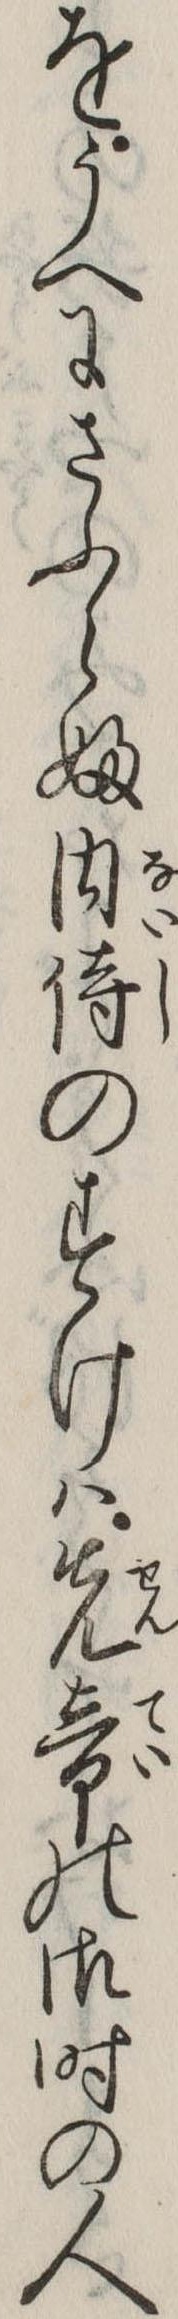
をうへにさふらふ内侍のすけは先帝の御時の人